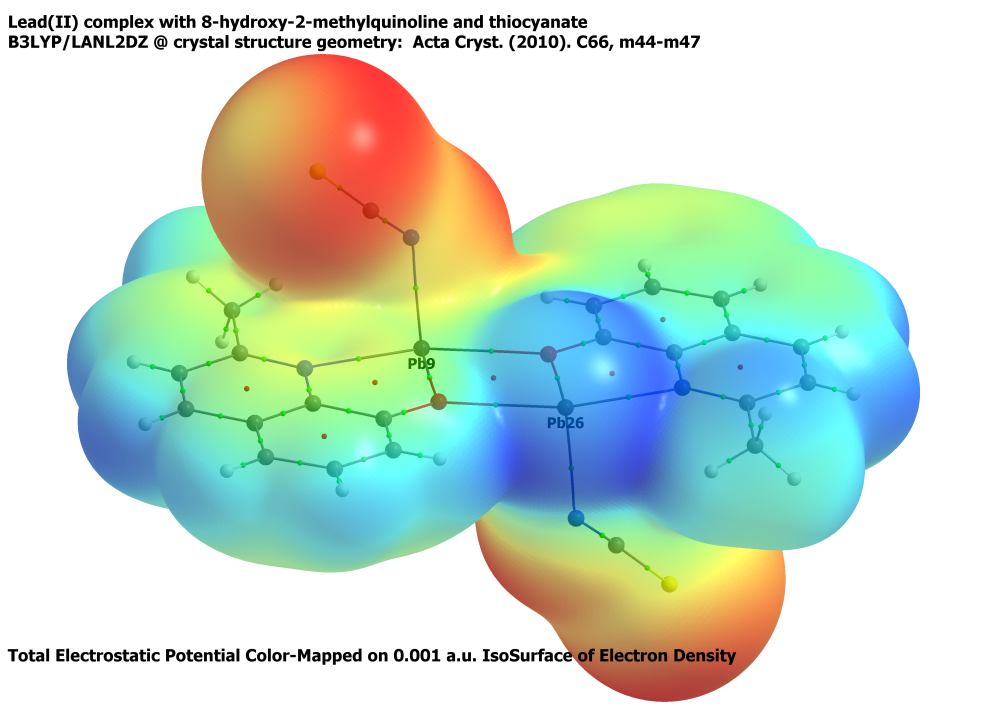
aimaii, QTAIM, iso density surface